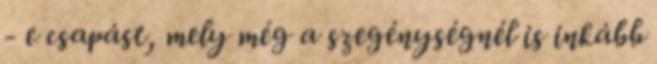
- e csapást, mely még a szegénységnél is inkább